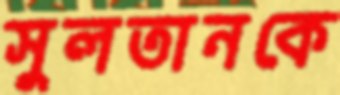
সুলতানকে